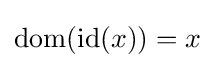
{\text{dom}}({\text{id}}(x))=x